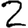
Digit: 2